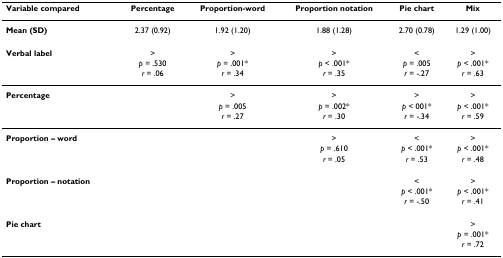
<table><thead><tr><td><b>Variable compared</b></td><td><b>Percentage</b></td><td><b>Proportion-word</b></td><td><b>Proportion notation</b></td><td><b>Pie chart</b></td><td><b>Mix</b></td></tr></thead><tbody><tr><td><b>Mean (SD)</b></td><td>2.37 (0.92)</td><td>1.92 (1.20)</td><td>1.88 (1.28)</td><td>2.70 (0.78)</td><td>1.29 (1.00)</td></tr><tr><td><b>Verbal label</b></td><td>&gt;</td><td>&gt;</td><td>&gt;</td><td>&lt;</td><td>&gt;</td></tr><tr><td></td><td><i>p </i>= .530</td><td><i>p </i>= .001*</td><td><i>p </i>&lt; .001*</td><td><i>p </i>= .005</td><td><i>p </i>&lt; .001*</td></tr><tr><td></td><td><i>r </i>= .06</td><td><i>r </i>= .34</td><td><i>r </i>= .35</td><td><i>r </i>= -.27</td><td><i>r </i>= .63</td></tr><tr><td><b>Percentage</b></td><td></td><td>&gt;</td><td>&gt;</td><td>&gt;</td><td>&gt;</td></tr><tr><td></td><td></td><td><i>p </i>= .005</td><td><i>p </i>= .002*</td><td><i>p </i>&lt; 001*</td><td><i>p </i>&lt; .001*</td></tr><tr><td></td><td></td><td><i>r </i>= .27</td><td><i>r </i>= .30</td><td><i>r </i>= -.34</td><td><i>r </i>= .59</td></tr><tr><td><b>Proportion – word</b></td><td></td><td></td><td>&gt;</td><td>&lt;</td><td>&gt;</td></tr><tr><td></td><td></td><td></td><td><i>p </i>= .610</td><td><i>p </i>&lt; .001*</td><td><i>p </i>&lt; .001*</td></tr><tr><td></td><td></td><td></td><td><i>r </i>= .05</td><td><i>r </i>= .53</td><td><i>r </i>= .48</td></tr><tr><td><b>Proportion – notation</b></td><td></td><td></td><td></td><td>&lt;</td><td>&gt;</td></tr><tr><td></td><td></td><td></td><td></td><td><i>p </i>&lt; .001*</td><td><i>p </i>&lt; .001*</td></tr><tr><td></td><td></td><td></td><td></td><td><i>r </i>= -.50</td><td><i>r </i>= .41</td></tr><tr><td><b>Pie chart</b></td><td></td><td></td><td></td><td></td><td>&gt;</td></tr><tr><td></td><td></td><td></td><td></td><td></td><td><i>p </i>= .001*</td></tr><tr><td></td><td></td><td></td><td></td><td></td><td><i>r </i>= .72</td></tr></tbody></table>